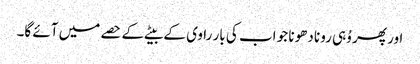
اور پھر وُہی رونا دھونا جو اب کی بار راوی کے بیٹے کے حصے میں آئے گا۔